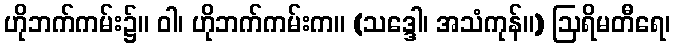
ဟိုဘက်ကမ်း၌။ ဝါ၊ ဟိုဘက်ကမ်းက။ (သဒ္ဒေါ၊ အသံကုန်။) ဩရိမတီရေ၊